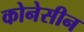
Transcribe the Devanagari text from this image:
कोनेसीन